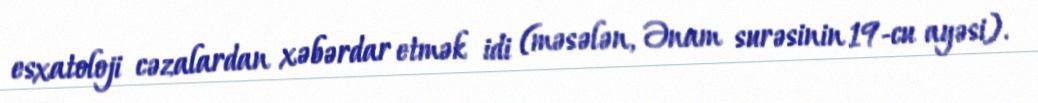
esxatoloji cəzalardan xəbərdar etmək idi (məsələn, Ənam surəsinin 19-cu ayəsi).